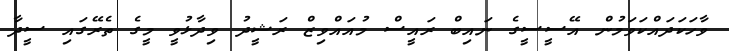
ވާހަކަދައްކަވަމުން އޭސީސީގެ ނައިބް ރައީސް މުއައްވިޒް ރަޝީދު ވިދާޅުވީ މީގެ ތެރޭގައި ސީދާ